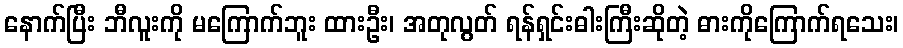
နောက်ပြီး ဘီလူးကို မကြောက်ဘူး ထားဦး၊ အတုလွတ် ရန်ရှင်းဓါးကြီးဆိုတဲ့ ဓားကိုကြောက်ရသေး၊